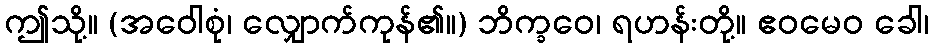
ဤသို့။ (အဝေါစုံ၊ လျှောက်ကုန်၏။) ဘိက္ခဝေ၊ ရဟန်းတို့။ ဧဝမေဝ ခေါ၊